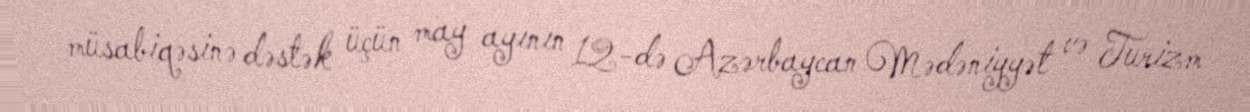
müsabiqəsinə dəstək üçün may ayının 12-də Azərbaycan Mədəniyyət və Turizm